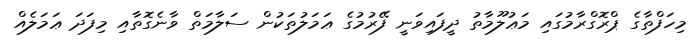
މިހަފްތާގެ ޕްރޮގްރާމުގައި މަޢުލޫމާތު ދީފައިވަނީ ފޭރުމުގެ ޢަމަލުތަކުން ސަލާމަތް ވާނެގޮތާއި މިފަދަ ޢަމަލެއް